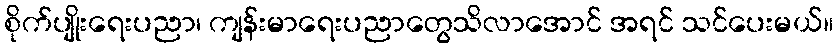
စိုက်ပျိုးရေးပညာ၊ ကျန်းမာရေးပညာတွေသိလာအောင် အရင် သင်ပေးမယ်။